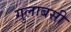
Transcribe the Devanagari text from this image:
गुलाबसी